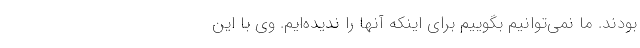
بودند. ما نمی‌توانیم بگوییم برای اینکه آنها را ندیده‌ایم. وی با این